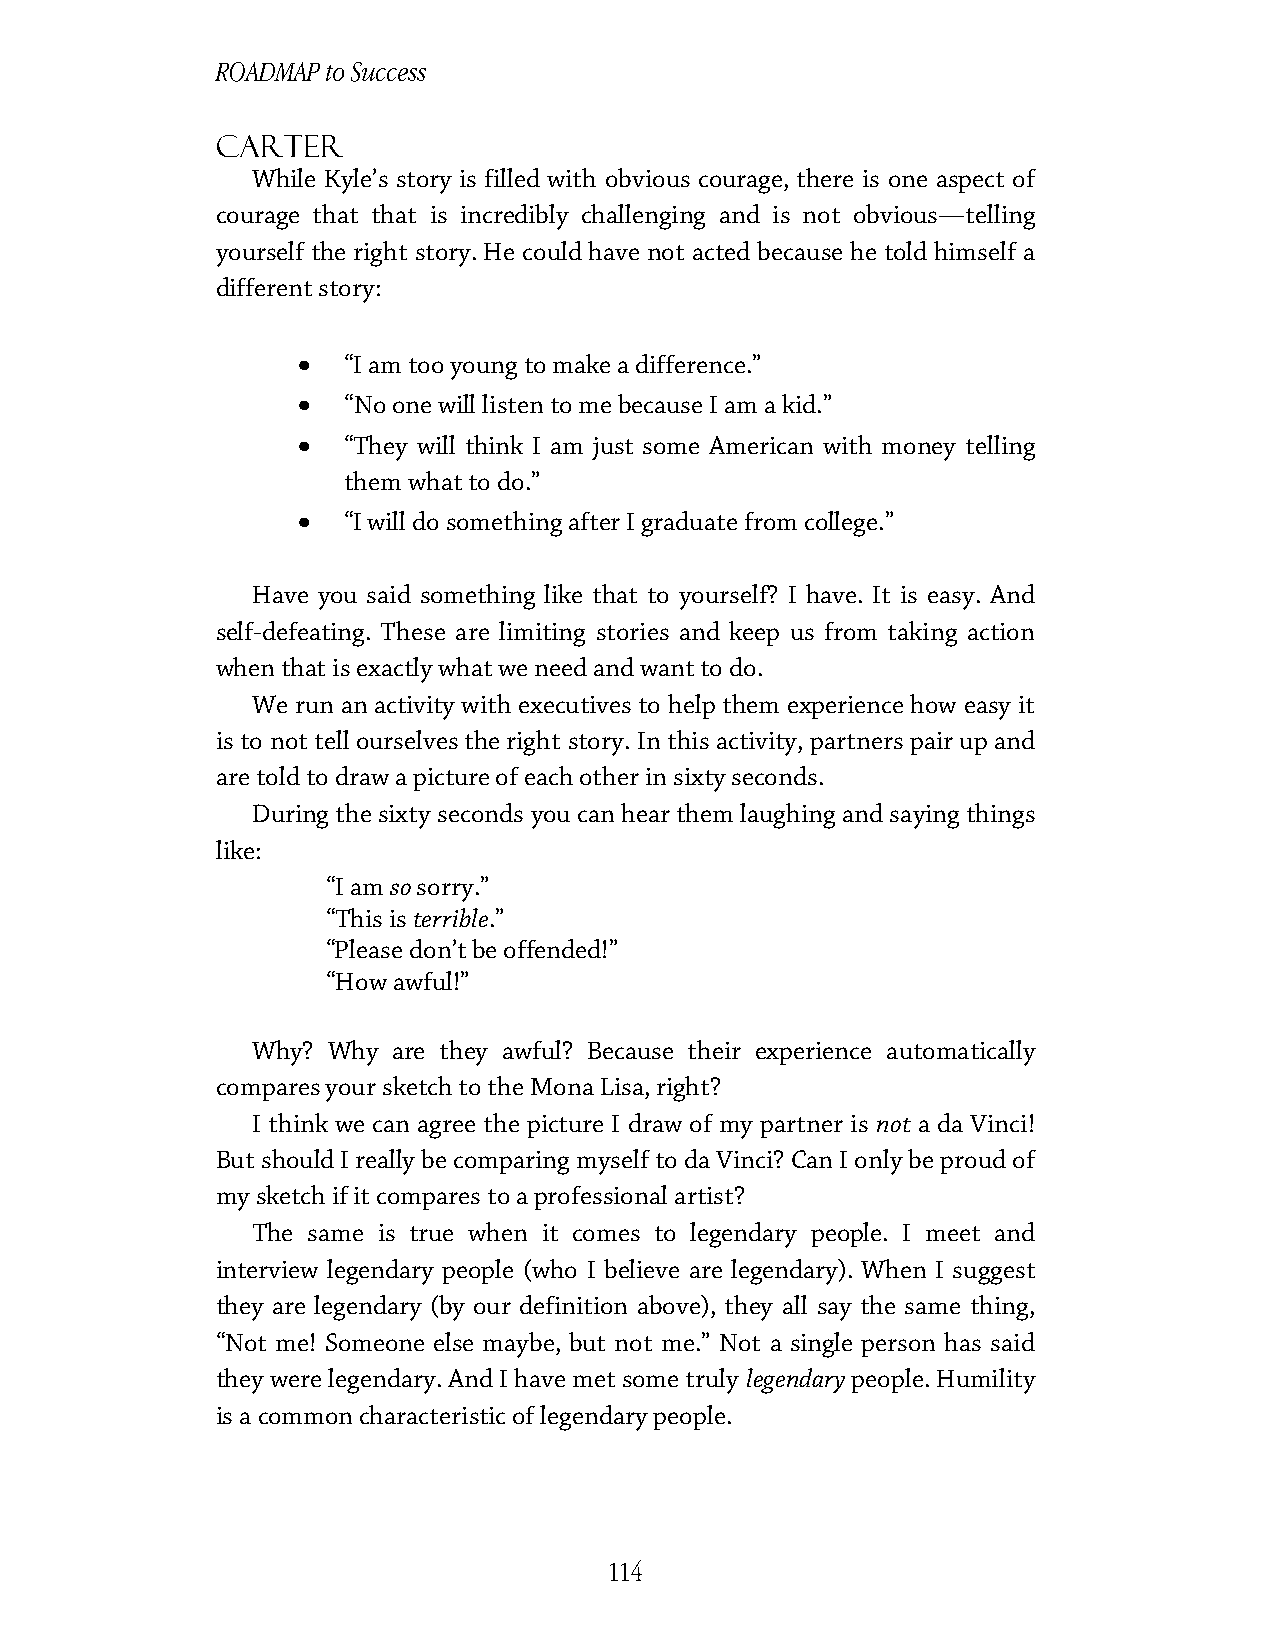
ROADMAP to Success
 Carter
 While Kyle’s story is filled with obvious courage, there is one aspect of
 courage that that is incredibly challenging and is not obvious—telling
 yourself the right story. He could have not acted because he told himself a
 different story:
 •
 “I am too young to make a difference.”
 •
 “No one will listen to me because I am a kid.”
 •
 “They will think I am just some American with money telling
 them what to do.”
 •
 “I will do something after I graduate from college.”
 Have you said something like that to yourself? I have. It is easy. And
 self-defeating. These are limiting stories and keep us from taking action
 when that is exactly what we need and want to do.
 We run an activity with executives to help them experience how easy it
 is to not tell ourselves the right story. In this activity, partners pair up and
 are told to draw a picture of each other in sixty seconds.
 During the sixty seconds you can hear them laughing and saying things
 like:
 “I am so sorry.”
 “This is terrible.”
 “Please don’t be offended!”
 “How awful!”
 Why? Why are they awful? Because their experience automatically
 compares your sketch to the Mona Lisa, right?
 I think we can agree the picture I draw of my partner is not a da Vinci!
 But should I really be comparing myself to da Vinci? Can I only be proud of
 my sketch if it compares to a professional artist?
 The same is true when it comes to legendary people. I meet and
 interview legendary people (who I believe are legendary). When I suggest
 they are legendary (by our definition above), they all say the same thing,
 “Not me! Someone else maybe, but not me.” Not a single person has said
 they were legendary. And I have met some truly legendary people. Humility
 is a common characteristic of legendary people.
 114